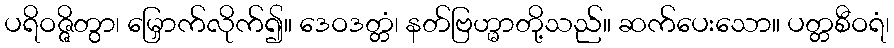
ပရိဝဇ္ဇိတွာ၊ မြှောက်လိုက်၍။ ဒေဝဒတ္တံ၊ နတ်ဗြဟ္မာတို့သည်။ ဆက်ပေးသော။ ပတ္တစီဝရံ၊